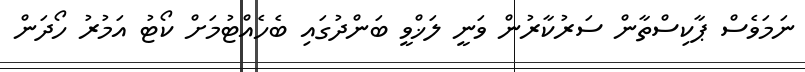
ނަމަވެސް ޕާކިސްތާން ސަރުކާރުން ވަނީ ލަޚްވީ ބަންދުގައި ބެހެއްޓުމަށް ކޯޓު އަމުރު ހޯދަން